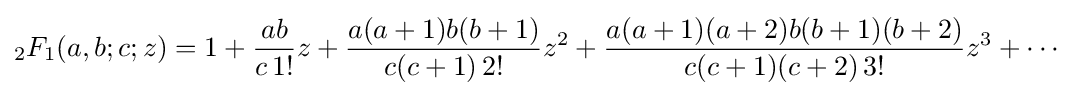
{}_{2}F_{1}(a,b;c;z)=1+{\frac {ab}{c\,1!}}z+{\frac {a(a+1)b(b+1)}{c(c+1)\,2!}}z^{2}+{\frac {a(a+1)(a+2)b(b+1)(b+2)}{c(c+1)(c+2)\,3!}}z^{3}+\cdots